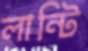
লান্টি